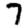
Digit: 7